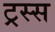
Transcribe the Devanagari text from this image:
ट्रस्स